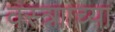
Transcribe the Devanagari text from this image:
वस्त्रााच्या